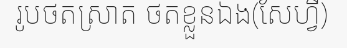
រូបថតស្រាត ថតខ្លួនឯង(សែហ្វី)